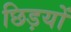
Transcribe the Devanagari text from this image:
छिड़यों